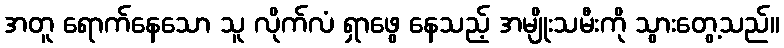
အတူ ရောက်နေသော သူ လိုက်လံ ရှာဖွေ နေသည့် အမျိုးသမီးကို သွားတွေ့သည်။